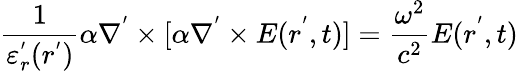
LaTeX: \frac{1}{\varepsilon_{r}^{'}(r^{'})}\alpha\nabla^{'}\times[\alpha\nabla^{'}\times E(r^{'},t)]=\frac{\omega^{2}}{c^{2}}E(r^{'},t)